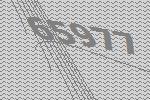
65977